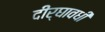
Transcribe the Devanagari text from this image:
दीर्घावधी